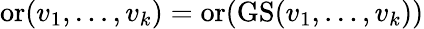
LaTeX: \operatorname{or}(v_{1},\dots,v_{k})=\operatorname{or}(\operatorname{GS}(v_{1},\dots,v_{k}))